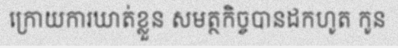
ក្រោយការឃាត់ខ្លួន សមត្ថកិច្ចបានដកហូត កូន